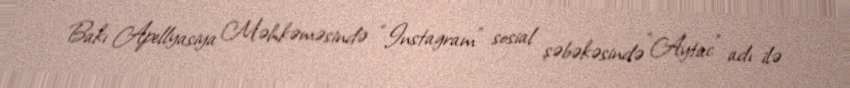
Bakı Apellyasiya Məhkəməsində “Instagram” sosial şəbəkəsində “Aytac” adı ilə